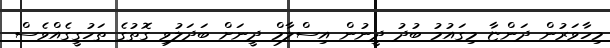
މިހާވަރުން ދަންޏާ މިގައުމު ބުދު ދީނުން އިސްލާމް ދީނަށް ބަދަލުވި ގޮތުގެ ތަހުގީގެއްވެސް